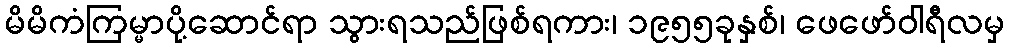
မိမိကံကြမ္မာပို့ဆောင်ရာ သွားရသည်ဖြစ်ရကား၊ ၁၉၅၅ခုနှစ်၊ ဖေဖော်ဝါရီလမှ